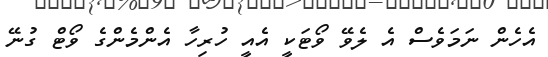
އެހެން ނަމަވެސް އެ ލެވޭ ވޯޓަކީ އެއީ ހުރިހާ އެންމެންގެ ވޯޓް ގުނޭ